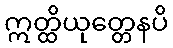
ဣတ္ထိယုတ္တေနပိ